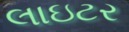
લાઇટર